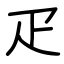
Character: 疋